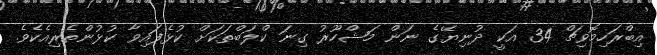
އިބްރަހިމޮވިޗް 34 އަކީ ދުނިޔޭގެ ނަން މަޝްހޫރު ގިނަ ކްލަބްތަކަށް ކުޅެފައިވާ ކުޅުންތެރިއެކެވެ.